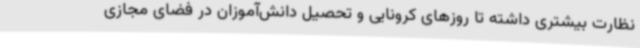
نظارت بیشتری داشته تا روزهای کرونایی و تحصیل دانش‌آموزان در فضای مجازی